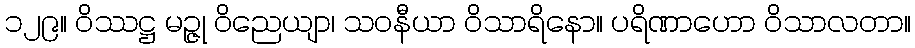
၁၂၉။ ဝိဿဋ္ဌ မဉ္ဇု ဝိညေယျာ၊ သဝနီယာ ဝိသာရိနော။ ပရိဏာဟော ဝိသာလတာ။